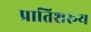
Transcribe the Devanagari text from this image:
प्रातिशरूय